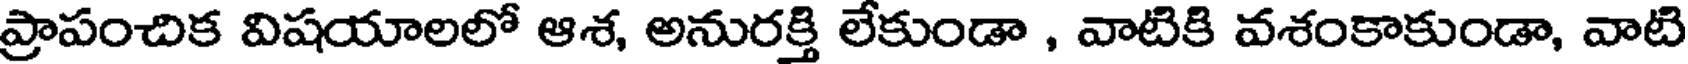
ప్రాపంచిక విషయాలలో ఆశ, అనురక్తి లేకుండా , వాటికి వశంకాకుండా, వాటి